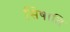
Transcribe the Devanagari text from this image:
सिषाति